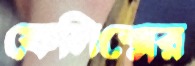
ফেলিক্সের